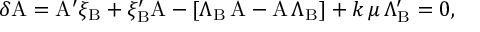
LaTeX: \delta \mathrm { A } = \mathrm { A } ^ { \prime } \xi _ { \mathrm { B } } + \xi _ { \mathrm { B } } ^ { \prime } \mathrm { A } - [ \Lambda _ { \mathrm { B } } \, \mathrm { A } - \mathrm { A \, } \Lambda _ { \mathrm { B } } ] + k \, \mu \, \Lambda _ { \mathrm { B } } ^ { \prime } = 0 ,